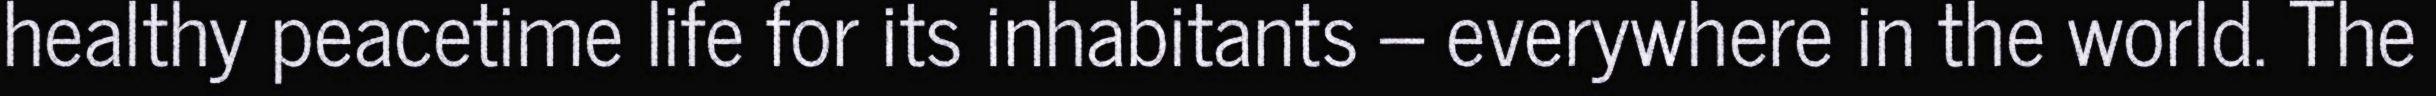
healthy peacetime life for its inhabitants – everywhere in the world. The